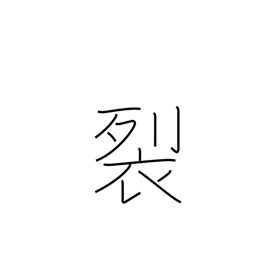
Meaning: rend